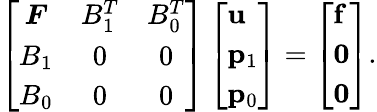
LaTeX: \begin{array}{r}{\left[\begin{array}{ccc}{\boldsymbol{F}}&{B_{1}^{T}}&{B_{0}^{T}}\\ {B_{1}}&{0}&{0}\\ {B_{0}}&{0}&{0}\end{array}\right]\left[\begin{array}{l}{\mathbf{u}}\\ {\mathbf{p}_{1}}\\ {\mathbf{p}_{0}}\end{array}\right]=\left[\begin{array}{l}{\mathbf{f}}\\ {\mathbf{0}}\\ {\mathbf{0}}\end{array}\right].}\end{array}